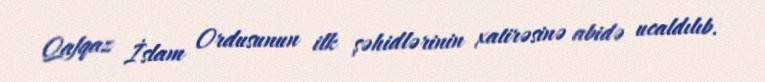
Qafqaz İslam Ordusunun ilk şəhidlərinin xatirəsinə abidə ucaldılıb.